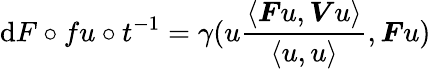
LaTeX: \mathrm{d}F\circ fu\circ t^{-1}=\gamma(u\frac{\langle\boldsymbol{F}u,\boldsymbol{V}u\rangle}{\langle u,u\rangle},\boldsymbol{F}u)